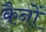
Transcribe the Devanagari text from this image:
कैनों